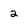
Character: 2